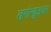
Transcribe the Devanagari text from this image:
ऌगोन्क़ुइअन